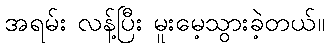
အရမ်း လန့်ပြီး မူးမေ့သွားခဲ့တယ်။